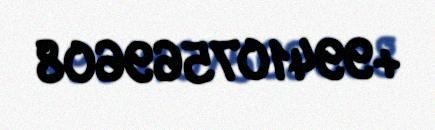
+994107569608